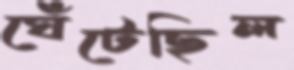
ঘেঁটেছিল